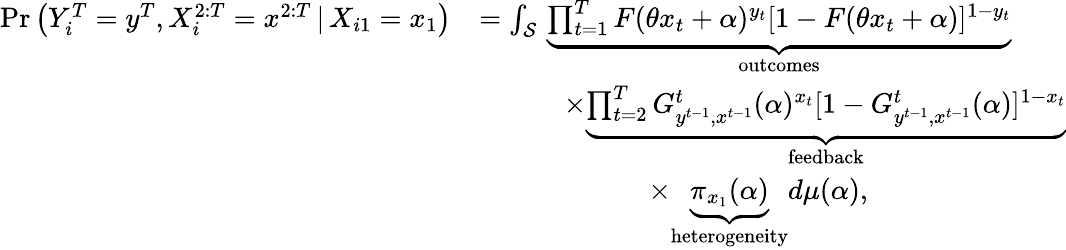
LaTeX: \begin{array}{rl}{\operatorname*{Pr}\left(Y_{i}^{T}=y^{T},X_{i}^{2:T}=x^{2:T}\, |\, X_{i1}=x_{1}\right)}&{=\int_{{\cal{S}}}\, \underset{\mathrm{outcomes}}{\underbrace{\prod_{t=1}^{T}F(\theta x_{t}+\alpha)^{y_{t}}[1-F(\theta x_{t}+\alpha)]^{1-y_{t}}}}}\\ &{\quad\quad\quad\times\underset{\mathrm{feedback}}{\underbrace{\prod_{t=2}^{T}G_{y^{t-1},x^{t-1}}^{t}(\alpha)^{x_{t}}[1-G_{y^{t-1},x^{t-1}}^{t}(\alpha)]^{1-x_{t}}}}}\\ &{\quad\quad\quad\quad\quad\quad\times\underset{\mathrm{heterogeneity}}{\underbrace{\pi_{x_{1}}(\alpha)}}d\mu(\alpha),}\end{array}